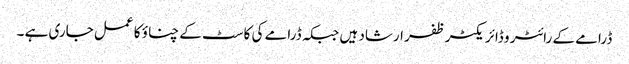
ڈرامے کے رائٹر و ڈائریکٹر ظفر ارشاد ہیں جبکہ ڈرامے کی کاسٹ کے چناؤ کا عمل جاری ہے ۔